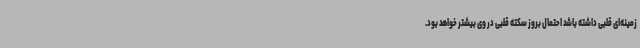
زمینه‌ای قلبی داشته باشد احتمال بروز سکته قلبی در وی بیشتر خواهد بود.